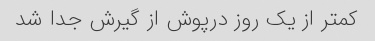
کمتر از یک روز درپوش از گیرش جدا شد